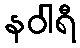
နဝါရီ